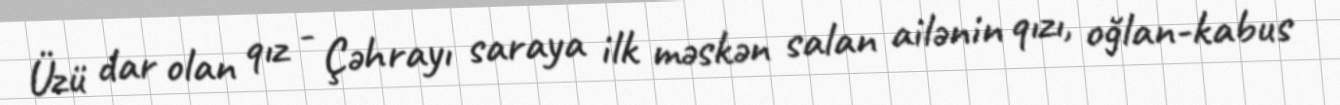
Üzü dar olan qız - Çəhrayı saraya ilk məskən salan ailənin qızı, oğlan-kabus